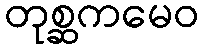
တုစ္ဆကမေဝ